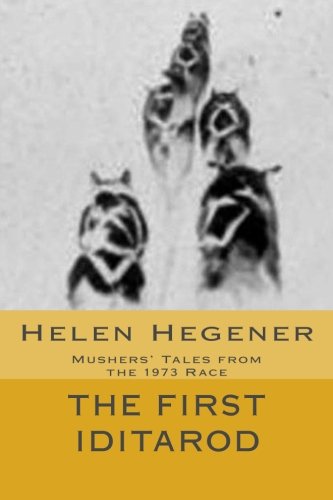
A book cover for The First Iditarod: Mushers' Tales from the 1973 Race; Helen Hegener; Sports & Outdoors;